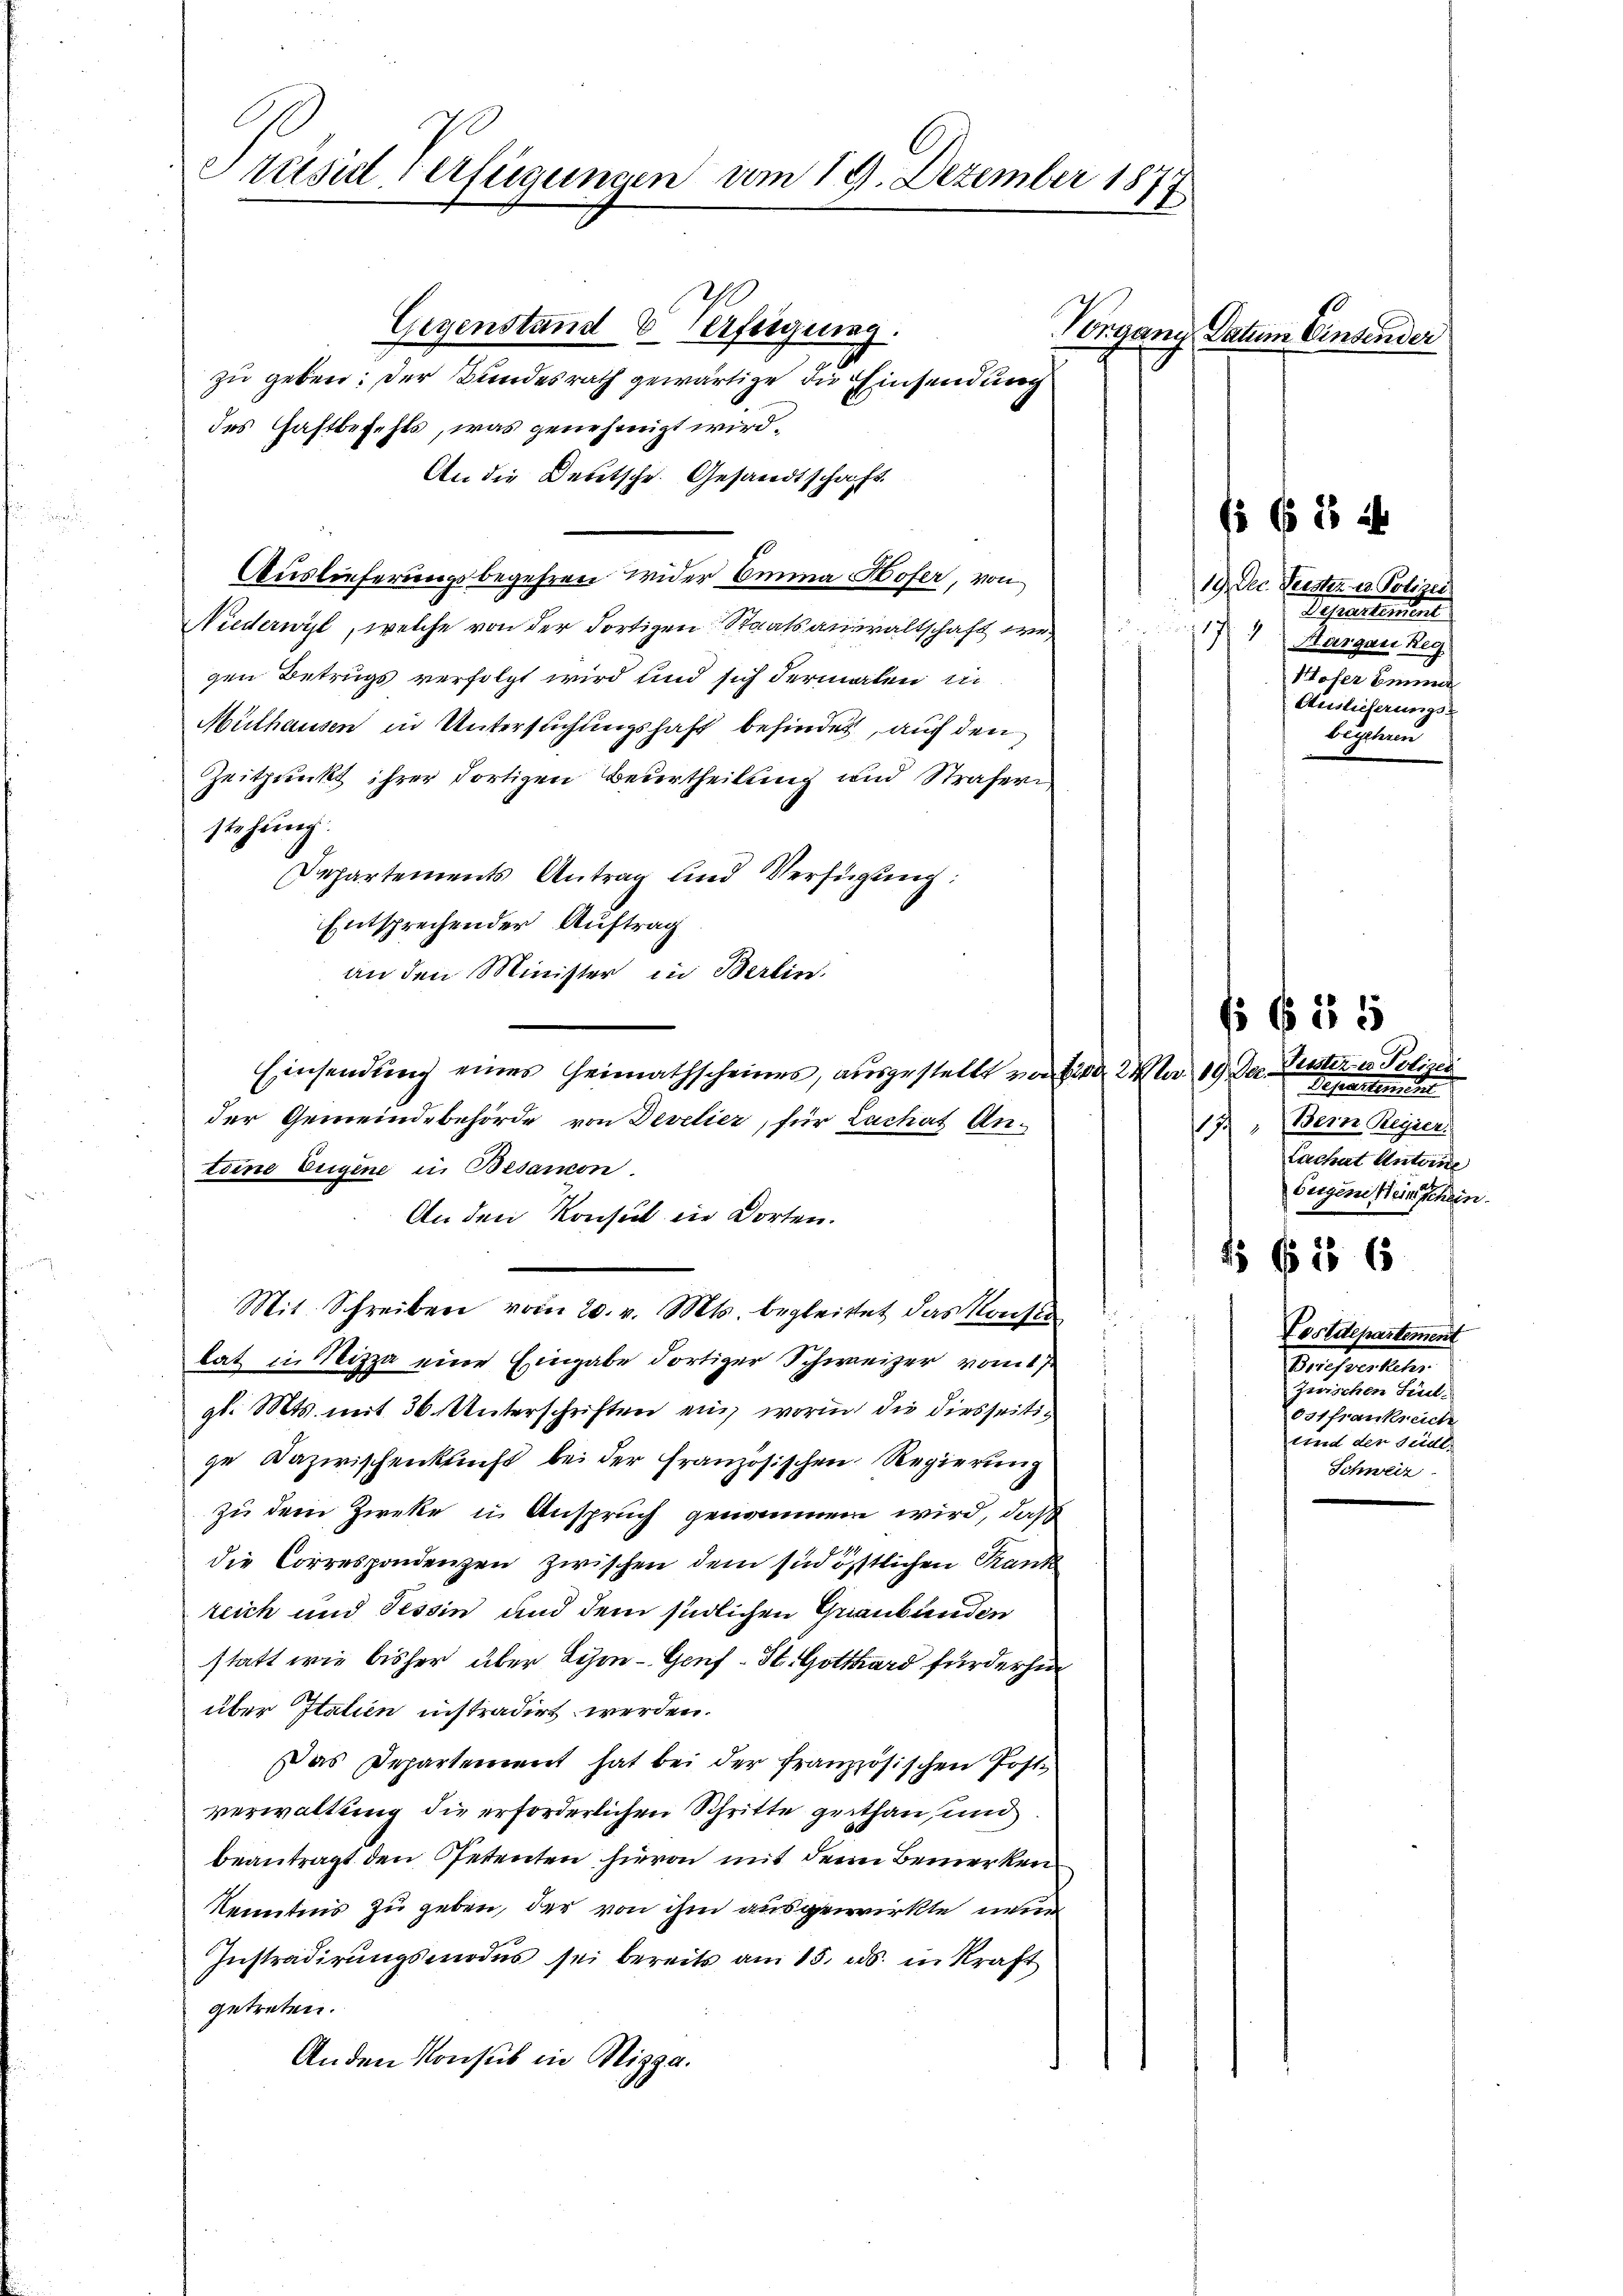
Präsid Verfügungen um 19. Dezember 1877

Gegenstand feigung.
zu geben; der Bundesrath gewärtige die Einsendung
des Haftbefehls, was genehmigt wird.
An die Deutsche Gesandtschaft.
Auslieferungsbegehren wider Oma Hofer, von
Niederwyl, welche von der dortigen Staatsanwaltschaft wer
gen Betrugs verfolgt wird und sich dermalen un
Mülhausen in Unterstichungshaft befindet, auch den
Zeitpunkt ihrer dortigen Beurtheilung und Strafern
stehung.
Departements Antrag und Verfügung:
Entsprechender Auftrag
an den Minister in Berlin.
Einsendung eines Heimathscheines, ausgestellt von 12 Ma 19. Der Puster u. Polizei
der Gemeindebehörde von Develier, für Lachat An-
teine Eugene in Besanon.
An den Konsul in Dorten.
25
s
Mit Schreiben vom 20. v. Mts. begleitet das Konse
tat in Nizza eine Eingabe dortiger Schweizer vom 17.
gl. Mts. mit 36. Unterschriften ein, worin die diesseitige Dazwischenkunft bei der Französischen Regierung
zu dem Zweke in Anspruch genommen wird, daß
die Correspondenzen zwischen dem sind östlichen Krank
reich und Tessin und dem südlichen Graubünden
statt wie bisher über Lesen - Genf - St. Gotthard fürderhin
über Italien instradirt werden.
Das Departement hat bei der französischen Post
verwaltung die erforderlichen Schritte gethan, und
beantragt den Petenten hievon mit dem Bemerken
Kenntnis zu geben, der von ihm ausgewirkte neuer
Instradirungsmodus sei bereits am 15. ds. in Kraft
getreten.
Anden Konsul in Nizza.

Vorgang Datum Einsender

19. Der Geisten u. Polizei
Departement
4
117.
Aargaus Reg
Woser Einna
Auslieferungs
begehren

11 f 5 x

Departement
17.) " Bern Regier
Lachat Unterne
Geigene Steinschein

15 f 15 x

515 f

Postdepartement
Infereiteten
zwischen Seel
Costfrankreich
und der Seide.
Schweiz